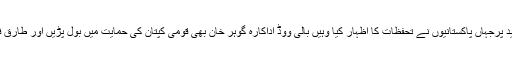
طارق فتح کی بے مقصد تنقید پرجہاں پاکستانیوں نے تحٖفظات کا اظہار کیا وہیں بالی ووڈ اداکارہ گوہر خان بھی قومی کپتان کی حمایت میں بول پڑیں اور طارق فتح کو کھری کھری سنادیں۔